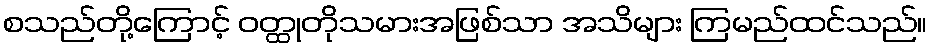
စသည်တို့ကြောင့် ဝတ္ထုတိုသမားအဖြစ်သာ အသိများ ကြမည်ထင်သည်။